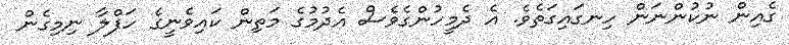
ގެއިން ނުކުންނަން ހިނގައިގަތެވެ. އެ ދެމީހުންގެވެސް އެދުމުގެ މަތިން ކައިވެނީގެ ހަފްލާ ނިމިގެން